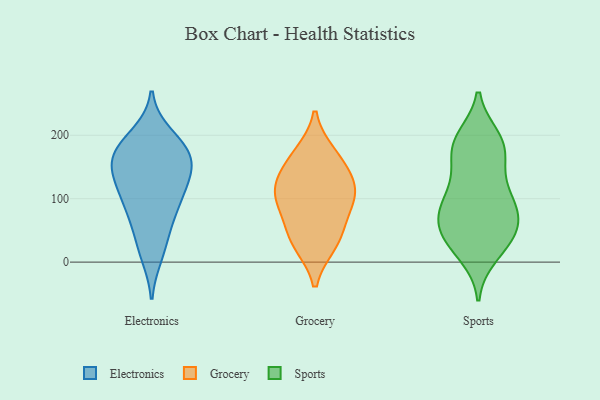
{"axis": {"x": "Conversion Rate (%)", "y": "Value"}, "legend": ["Electronics", "Grocery", "Sports"], "data": [{"x": "", "y": 173, "type": "Electronics"}, {"x": "", "y": 174, "type": "Electronics"}, {"x": "", "y": 123, "type": "Electronics"}, {"x": "", "y": 87, "type": "Electronics"}, {"x": "", "y": 171, "type": "Electronics"}, {"x": "", "y": 32, "type": "Electronics"}, {"x": "", "y": 91, "type": "Electronics"}, {"x": "", "y": 175, "type": "Electronics"}, {"x": "", "y": 133, "type": "Electronics"}, {"x": "", "y": 198, "type": "Electronics"}, {"x": "", "y": 150, "type": "Electronics"}, {"x": "", "y": 73, "type": "Electronics"}, {"x": "", "y": 131, "type": "Electronics"}, {"x": "", "y": 13, "type": "Electronics"}, {"x": "", "y": 104, "type": "Grocery"}, {"x": "", "y": 113, "type": "Grocery"}, {"x": "", "y": 58, "type": "Grocery"}, {"x": "", "y": 171, "type": "Grocery"}, {"x": "", "y": 28, "type": "Grocery"}, {"x": "", "y": 134, "type": "Grocery"}, {"x": "", "y": 85, "type": "Grocery"}, {"x": "", "y": 114, "type": "Grocery"}, {"x": "", "y": 31, "type": "Grocery"}, {"x": "", "y": 162, "type": "Grocery"}, {"x": "", "y": 69, "type": "Sports"}, {"x": "", "y": 92, "type": "Sports"}, {"x": "", "y": 12, "type": "Sports"}, {"x": "", "y": 85, "type": "Sports"}, {"x": "", "y": 185, "type": "Sports"}, {"x": "", "y": 47, "type": "Sports"}, {"x": "", "y": 23, "type": "Sports"}, {"x": "", "y": 35, "type": "Sports"}, {"x": "", "y": 88, "type": "Sports"}, {"x": "", "y": 190, "type": "Sports"}, {"x": "", "y": 123, "type": "Sports"}, {"x": "", "y": 185, "type": "Sports"}, {"x": "", "y": 76, "type": "Sports"}, {"x": "", "y": 49, "type": "Sports"}, {"x": "", "y": 110, "type": "Sports"}, {"x": "", "y": 46, "type": "Sports"}, {"x": "", "y": 152, "type": "Sports"}, {"x": "", "y": 172, "type": "Sports"}, {"x": "", "y": 195, "type": "Sports"}]}